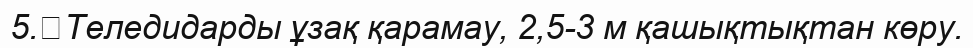
5.	Теледидарды ұзақ қарамау, 2,5-3 м қашықтықтан көру.